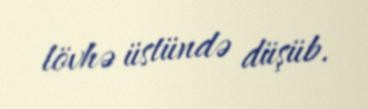
lövhə üstündə düşüb.